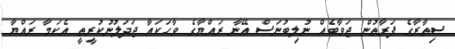
ސިތާރާގެ ފަރާތުން ޖަވާބެއް ނުލިބުނަސް އޭނާ ރައްޔާގެ ވާހަކައާ ޖަދަލުނުކުރީތީ އެކަމާ ރައްޔާ